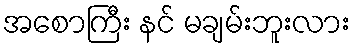
အစောကြီး နင် မချမ်းဘူးလား